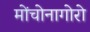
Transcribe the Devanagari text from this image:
मोंचोनागोरो